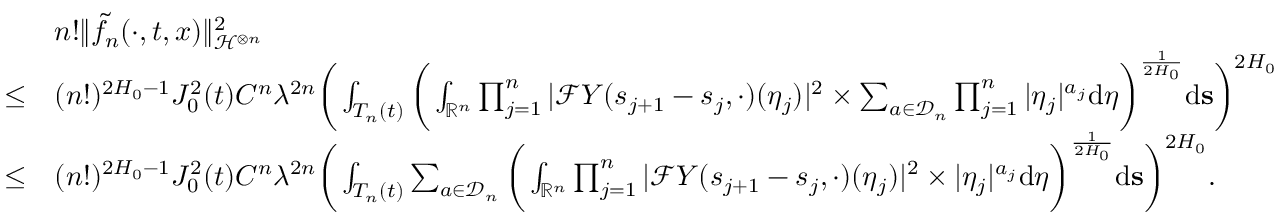
\begin{array} { r l } & { n ! \Vert \tilde { f _ { n } } ( \cdot , t , x ) \Vert _ { \mathcal { H } ^ { \otimes n } } ^ { 2 } } \\ { \le } & { ( n ! ) ^ { 2 H _ { 0 } - 1 } J _ { 0 } ^ { 2 } ( t ) C ^ { n } \lambda ^ { 2 n } \bigg ( \int _ { T _ { n } ( t ) } \bigg ( \int _ { \mathbb { R } ^ { n } } \prod _ { j = 1 } ^ { n } | \mathcal { F } Y ( s _ { j + 1 } - s _ { j } , \cdot ) ( \eta _ { j } ) | ^ { 2 } \times \sum _ { a \in \mathcal { D } _ { n } } \prod _ { j = 1 } ^ { n } | \eta _ { j } | ^ { a _ { j } } \ensuremath { \mathrm { d } } \boldsymbol \eta \bigg ) ^ { \frac { 1 } { 2 H _ { 0 } } } \ensuremath { \mathrm { d } } \mathbf s \bigg ) ^ { 2 H _ { 0 } } } \\ { \le } & { ( n ! ) ^ { 2 H _ { 0 } - 1 } J _ { 0 } ^ { 2 } ( t ) C ^ { n } \lambda ^ { 2 n } \bigg ( \int _ { T _ { n } ( t ) } \sum _ { a \in \mathcal { D } _ { n } } \bigg ( \int _ { \mathbb { R } ^ { n } } \prod _ { j = 1 } ^ { n } | \mathcal { F } Y ( s _ { j + 1 } - s _ { j } , \cdot ) ( \eta _ { j } ) | ^ { 2 } \times | \eta _ { j } | ^ { a _ { j } } \ensuremath { \mathrm { d } } \boldsymbol \eta \bigg ) ^ { \frac { 1 } { 2 H _ { 0 } } } \ensuremath { \mathrm { d } } \mathbf s \bigg ) ^ { 2 H _ { 0 } } . } \end{array}